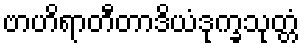
ဗာဟိရာတီတာဒိယံဒုက္ခသုတ္တံ